Annual statistical returns and brief notes on vaccination in Bengal - 1896-1909
Year: 1896
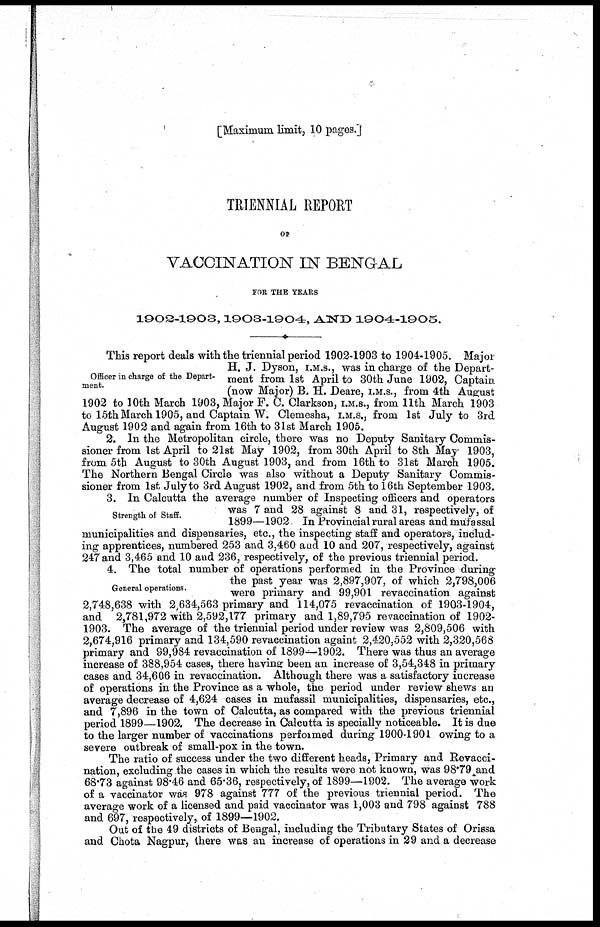
[Maximum limit, 10 pages.]
TRIENNIAL REPORT
OF
VACCINATION IN BENGAL
FOR, THE YEARS
1902-1903,1903-1904, AND 1904-1905.
Officer in charge of the Depart-
ment.
This report deals with the triennial period 1902-1903 to 1904-1905. Major
H. J. Dyson, I.M.S., was in charge of the Depart-
ment from 1st April to 30th June 1902, Captain
(now Major) B. H. Deare, I.M.S., from 4th August
1902 to 10th March 1903, Major F. C. Clarkson, I.M.S., from 11th March 1903
to 15th March 1905, and Captain W. Clemesha, I.M.S., from 1st July to 3rd
August 1902 and again from 16th to 31st March 1905.
2. In the Metropolitan circle, there was no Deputy Sanitary Commis-
sioner from 1st April to 21st May 1902, from 30 th April to 8th May 1903,
from 5th August to 30th August 1903, and from 16th to 31st March 1905.
The Northern Bengal Circle was also without a Deputy Sanitary Commis-
sioner from 1st July to 3rd August 1902, and from 5th to 16th September 1903.
Strength of Staff.
3. In Calcutta the average number of Inspecting officers and operators
was 7 and 28 against 8 and 31, respectively, of
1899—1902. In Provincial rural areas and mufassal
municipalities and dispensaries, etc., the inspecting staff and operators, includ-
ing apprentices, numbered 253 and 3,460 and 10 and 207, respectively, against
247 and 3,465 and 10 and 236, respectively, of the previous triennial period.
General operations.
4. The total number of operations performed in the Province during
the past year was 2,897,907, of which 2,798,006
were primary and 99,901 revaccination against
2,748,638 with 2,634,563 primary and 114,075 revaccination of 1903-1904,
and 2,781,972 with 2,592,177 primary and 1,89,795 revaccination of 1902-
1903. The average of the triennial period under review was 2,809,506 with
2,674,916 primary and 134,590 revaccination againt 2,420,552 with 2,320,568
primary and 99,984 revaccination of 1899—1902. There was thus an average
increase of 388,954 cases, there having been an increase of 3,54,348 in primary
cases and 34,606 in revaccination. Although there was a satisfactory increase
of operations in the Province as a whole, the period under review shews an
average decrease of 4,624 cases in mufassil municipalities, dispensaries, etc.,
and 7,896 in the town of Calcutta, as compared with the previous triennial
period 1899—1902. The decrease in Calcutta is specially noticeable. It is due
to the larger number of vaccinations performed during 1900-1901 owing to a
severe outbreak of small-pox in the town.
The ratio of success under the two different heads, Primary and Revacci-
nation, excluding the cases in which the results were not known, was 98.79 and
68.73 against 98.46 and 65.36, respectively, of 1899—1902. The average work
of a vaccinator was 978 against 777 of the previous triennial period. The
average work of a licensed and paid vaccinator was 1,003 and 798 against 788
and 697, respectively, of 1899—1902.
Out of the 49 districts of Bengal, including the Tributary States of Orissa
and Chota Nagpur, there was an increase of operations in 29 and a decrease